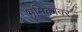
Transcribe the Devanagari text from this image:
भूमिकांवर